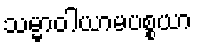
သမ္မာဝါယာမပစ္စယာ